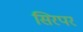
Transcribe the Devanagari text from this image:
सिरपर